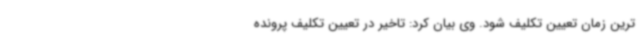
ترین زمان تعیین تکلیف شود. وی بیان کرد: تاخیر در تعیین تکلیف پرونده